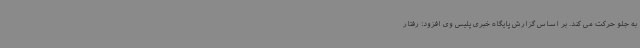
به جلو حرکت می کند. بر اساس گزارش پایگاه خبری پلیس وی افزود: رفتار